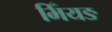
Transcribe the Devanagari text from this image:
भिँयङ